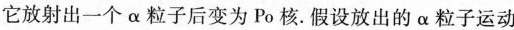
它放射出一个\alpha 粒子后变为Po核。假设放出的\alpha 粒子运动